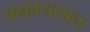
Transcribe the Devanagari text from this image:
कळायलाच